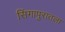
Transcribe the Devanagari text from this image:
सिंगापुरातला